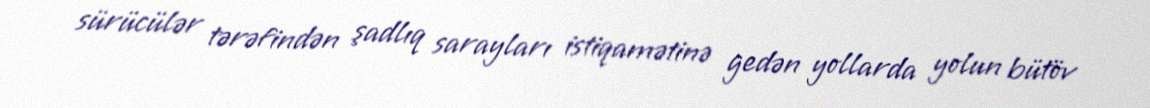
sürücülər tərəfindən şadlıq sarayları istiqamətinə gedən yollarda yolun bütöv